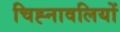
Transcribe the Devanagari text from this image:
चिह्नावलियों